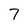
Character: 7